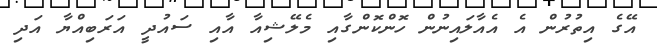
އޭގެ އިތުރުން އެ އެއާލައިނުން ހޮންކޮންގާއި މެލޭޝިއާ އާއި ސައުދީ އަރަބިއްޔާ އަދި